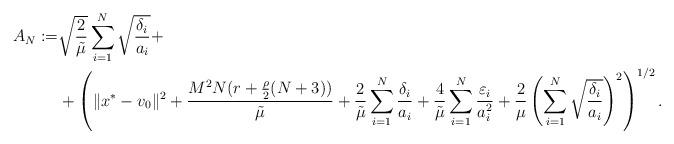
LaTeX: \begin{align*} A_N:=&\sqrt{\frac{2}{\tilde\mu}}\sum_{i=1}^N\sqrt{\frac{\delta_i}{a_i}}+\\ &+\left(\|x^*-v_0\|^2+\frac{ M^2N(r+\frac{\rho}{2}(N+3))}{\tilde\mu}+\frac{2}{\tilde\mu}\sum^N_{i=1}\frac{\delta_i}{a_i}+\frac{4}{\tilde\mu}\sum_{i=1}^N\frac{\varepsilon_i}{a_i^2}+\frac{2}{\mu}\left(\sum_{i=1}^N \sqrt{\frac{\delta_i}{a_i}}\right)^2\right)^{1/2}. \end{align*}